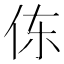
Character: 㑈